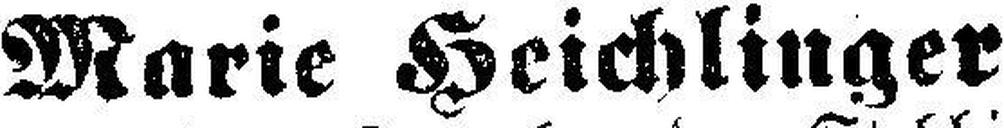
Marie Heichlinger